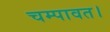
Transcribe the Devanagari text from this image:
चम्पावत।